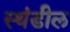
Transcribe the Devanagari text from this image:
स्थंडील